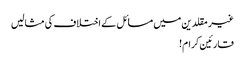
غیر مقلدین میں مسائل کے اختلاف کی مثالیں
قارئین کرام!